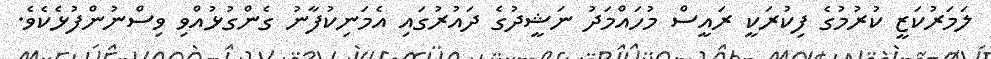
ލަމަރުކަޒީ ކުރުމުގެ ފިކުރަކީ ރައީސް މުހައްމަދު ނަޝީދުގެ ދައުރުގައި އެމަނިކުފާނު ގެންގުޅުއްވި ވިސްނުންފުޅެކެވެ.